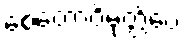
စေတောဝိမုတ္တိံပေ